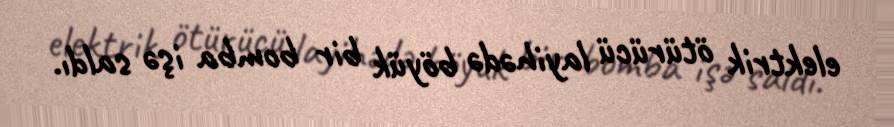
elektrik ötürücü layihədə böyük bir bomba işə saldı.